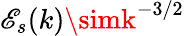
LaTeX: \mathscr{E}_{s}(k)\simk^{-3/2}